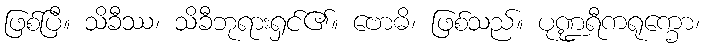
ဖြစ်ပြီ။ သိခီဿ၊ သိခီဘုရားရှင်၏။ ဗောဓိ၊ ဖြစ်သည်။ ပုဏ္ဍရီကရုက္ခော၊